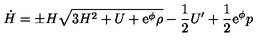
\dot { H } = \pm H \sqrt { 3 H ^ { 2 } + U + \mathrm { \large e ^ \phi } \rho } - \frac { 1 } { 2 } U ^ { \prime } + \frac { 1 } { 2 } \mathrm { \large e ^ \phi } p \setcounter { e q u a t i o n } { 4 }